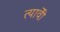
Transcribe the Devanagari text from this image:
त्यावेी